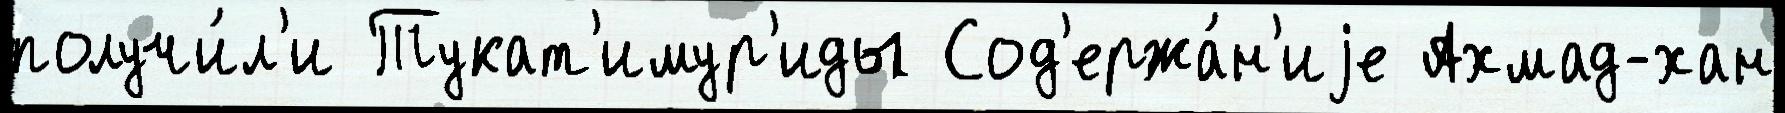
получи́л'и Тукат'имур'иды Сод'ержа́н'иjе Ахмад-хан